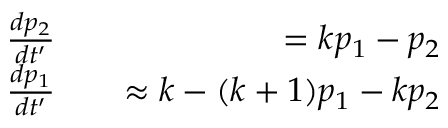
\begin{array} { r l r } { \frac { d p _ { 2 } } { d t ^ { \prime } } } & { { } } & { = k p _ { 1 } - p _ { 2 } } \\ { \frac { d p _ { 1 } } { d t ^ { \prime } } } & { { } } & { \approx k - ( k + 1 ) p _ { 1 } - k p _ { 2 } } \end{array}